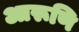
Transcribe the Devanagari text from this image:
आरूणि